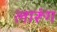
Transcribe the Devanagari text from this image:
लारूंग